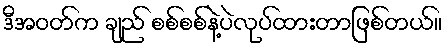
ဒီအဝတ်က ချည် စစ်စစ်နဲ့ပဲလုပ်ထားတာဖြစ်တယ်။